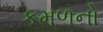
કમળનો